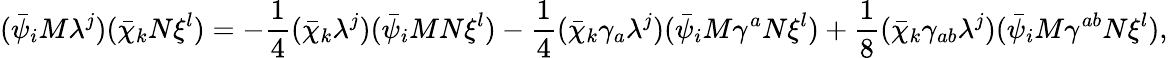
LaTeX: (\bar{\psi}_{i}M\lambda^{j})(\bar{\chi}_{k}N\xi^{l})=-\frac{1}{4}(\bar{\chi}_{k}\lambda^{j})(\bar{\psi}_{i}MN\xi^{l})-\frac{1}{4}(\bar{\chi}_{k}\gamma_{a}\lambda^{j})(\bar{\psi}_{i}M\gamma^{a}N\xi^{l})+\frac{1}{8}(\bar{\chi}_{k}\gamma_{ab}\lambda^{j})(\bar{\psi}_{i}M\gamma^{ab}N\xi^{l}),